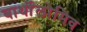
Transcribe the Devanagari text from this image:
बार्थोलोमिव